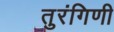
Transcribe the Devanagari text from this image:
तुरंगिणी